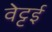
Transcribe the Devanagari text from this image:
वेट्टई